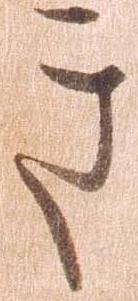
き